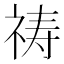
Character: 祷